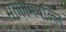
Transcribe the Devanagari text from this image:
मल्लमपल्लि